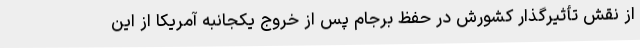
از نقش تأثیرگذار کشورش در حفظ برجام پس از خروج یکجانبه آمریکا از این